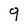
Character: 9